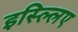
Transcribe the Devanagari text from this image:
इस्ल्लिए